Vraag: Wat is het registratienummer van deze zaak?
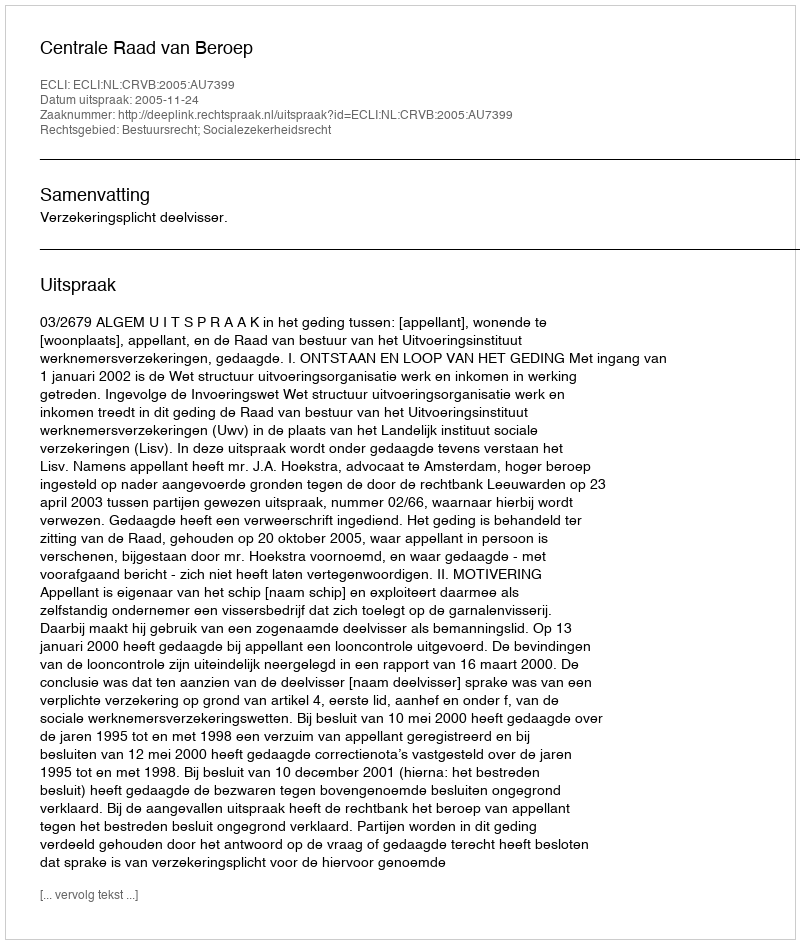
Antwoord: http://deeplink.rechtspraak.nl/uitspraak?id=ECLI:NL:CRVB:2005:AU7399